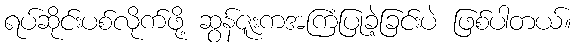
ရပ်ဆိုင်းပစ်လိုက်ဖို့ ဆွန်ဇူးကအကြံပြုခဲ့ခြင်းပဲ ဖြစ်ပါတယ်။